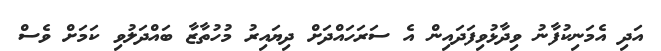
އަދި އެމަނިކުފާނު ވިދާޅުވިފަދައިން އެ ސަރަހައްދަށް ދިޔައިރު މުހުތާޒާ ބައްދަލުވި ކަމަށް ވެސް